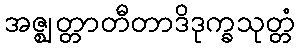
အဇ္ဈတ္တာတီတာဒိဒုက္ခသုတ္တံ